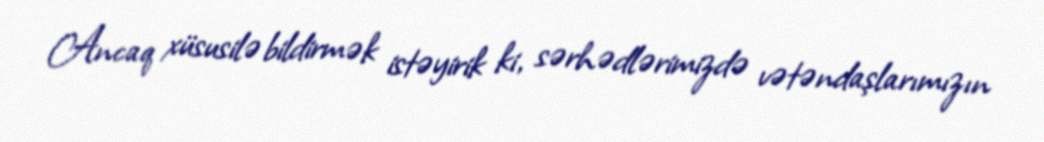
Ancaq xüsusilə bildirmək istəyirik ki, sərhədlərimizdə vətəndaşlarımızın